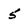
Character: 5